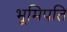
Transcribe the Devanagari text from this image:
भूमिपति